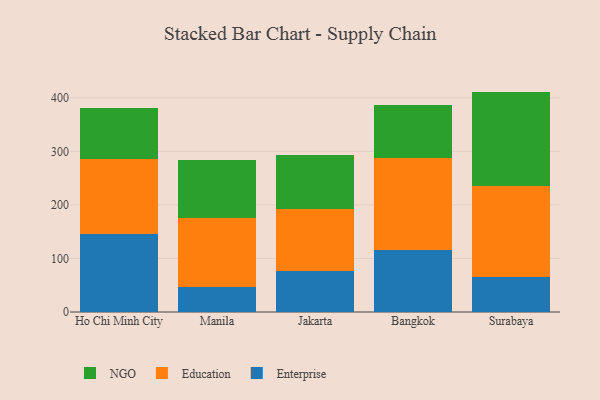
{"axis": {"x": "City", "y": "Revenue (USD Million)"}, "legend": ["Education", "Enterprise", "NGO"], "data": [{"x": "Ho Chi Minh City", "y": 145.2, "type": "Enterprise"}, {"x": "Ho Chi Minh City", "y": 140.1, "type": "Education"}, {"x": "Ho Chi Minh City", "y": 95.6, "type": "NGO"}, {"x": "Manila", "y": 46.7, "type": "Enterprise"}, {"x": "Manila", "y": 128.5, "type": "Education"}, {"x": "Manila", "y": 107.8, "type": "NGO"}, {"x": "Jakarta", "y": 76.2, "type": "Enterprise"}, {"x": "Jakarta", "y": 116.4, "type": "Education"}, {"x": "Jakarta", "y": 100.2, "type": "NGO"}, {"x": "Bangkok", "y": 116.7, "type": "Enterprise"}, {"x": "Bangkok", "y": 171.0, "type": "Education"}, {"x": "Bangkok", "y": 99.5, "type": "NGO"}, {"x": "Surabaya", "y": 64.9, "type": "Enterprise"}, {"x": "Surabaya", "y": 170.7, "type": "Education"}, {"x": "Surabaya", "y": 176.0, "type": "NGO"}]}